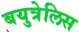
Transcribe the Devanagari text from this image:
बयुत्रेलिस